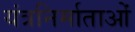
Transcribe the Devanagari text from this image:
यंत्रनिर्माताओं